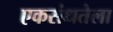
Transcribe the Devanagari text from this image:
एकसंधतेला